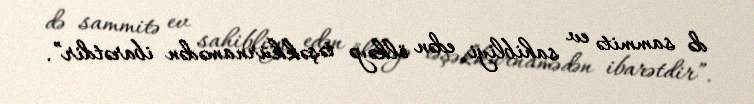
də sammitə ev sahibliyi edən ölkəyə təşəkkürnamədən ibarətdir”.